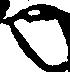
也